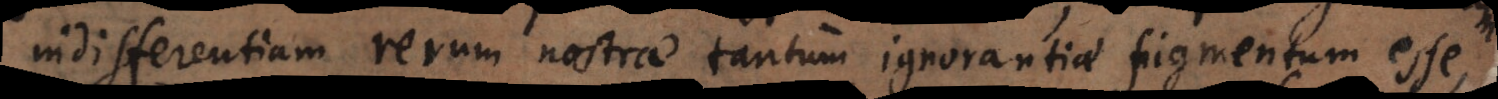
indifferentiam rerum nostrae tantum ignorantiae figmentum esse,